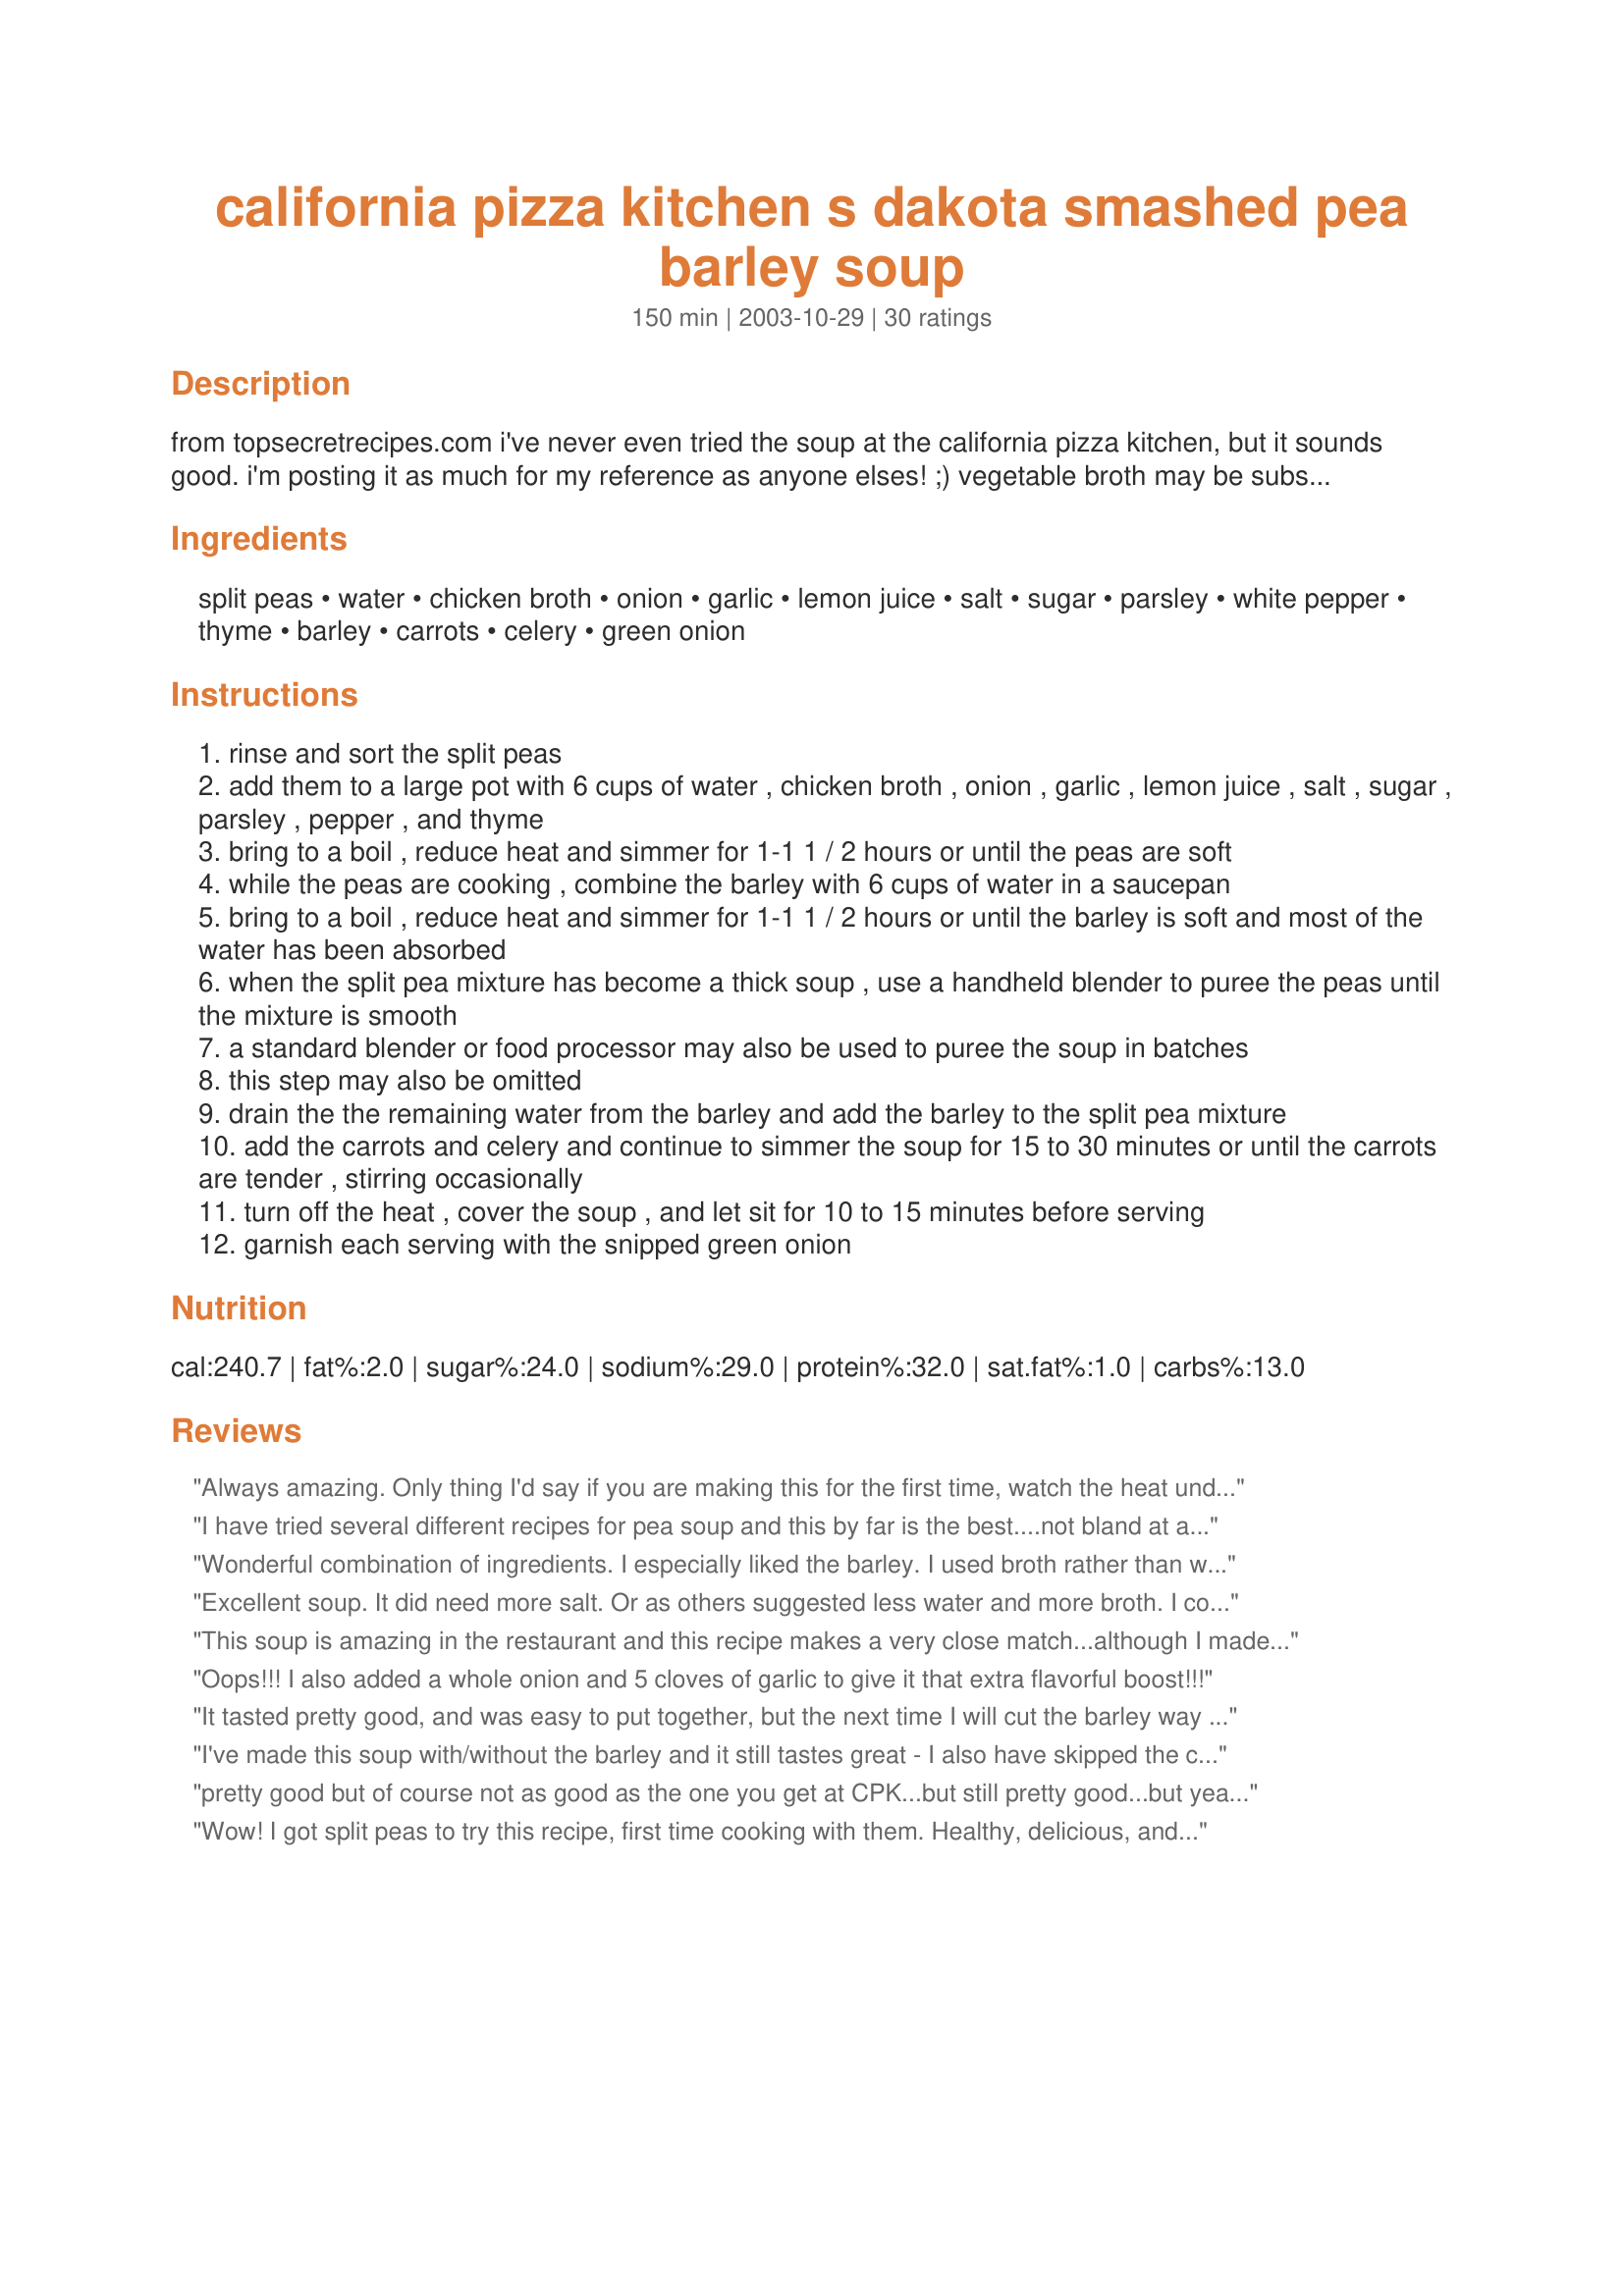
california pizza kitchen s dakota smashed pea barley soup
Preparation time: 150 minutes

from topsecretrecipes.com i've never even tried the soup at the california pizza kitchen, but it sounds good. i'm posting it as much for my reference as anyone elses! ;) vegetable broth may be substituted for the chicken broth to make this soup vegan.

Ingredients:
split peas, water, chicken broth, onion, garlic, lemon juice, salt, sugar, parsley, white pepper, thyme, barley, carrots, celery, green onion

Steps:
rinse and sort the split peas
add them to a large pot with 6 cups of water , chicken broth , onion , garlic , lemon juice , salt , sugar , parsley , pepper , and thyme
bring to a boil , reduce heat and simmer for 1-1 1 / 2 hours or until the peas are soft
while the peas are cooking , combine the barley with 6 cups of water in a saucepan
bring to a boil , reduce heat and simmer for 1-1 1 / 2 hours or until the barley is soft and most of the water has been absorbed
when the split pea mixture has become a thick soup , use a handheld blender to puree the peas until the mixture is smooth
a standard blender or food processor may also be used to puree the soup in batches
this step may also be omitted
drain the the remaining water from the barley and add the barley to the split pea mixture
add the carrots and celery and continue to simmer the soup for 15 to 30 minutes or until the carrots are tender , stirring occasionally
turn off the heat , cover the soup , and let sit for 10 to 15 minutes before serving
garnish each serving with the snipped green onion

Reviews:
Always amazing. Only thing I'd say if you are making this for the first time, watch the heat under the soup after it's blended and the barley and veggies are added. It sticks like something out of a horror movie if you don't stir often! So lower the heat and stir a lot, and you won't be sorry.

This is amazing next day, served like a dip using saltines for dipping. MMMM.
I have tried several different recipes for pea soup and this by far is the best....not bland at all! May want to add extra pepper but it really doesnt need it! and easy to make! I use the veggie broth , never even tried chicken broth : next time maybe i will give it a try but with the veggie broth its really good!
Wonderful combination of ingredients. I especially liked the barley. I used broth rather than water to cook the barley. I liked a bit of texture left in the soup.
Excellent soup. It did need more salt. Or as others suggested less water and more broth. I couldnt find any split pease so used whole ones (still dry and uncooked) and used no celery because I ran out. My husband, a big meat fan, put sliced sausage in his bowl. He also put dijon mustard in his because that is what finns do to their pea soups. I went without the meat or mustard and we both loved it. My first time using dry peas and it was a very good experience. Thank you Roosie!
This soup is amazing in the restaurant and this recipe makes a very close match...although I made a few changes based on the other reviews and my personal preference. I went 6 cups of vegetable broth and 4 cups of water. I increased the garlic to 3 cloves, and the onion to 1 whole medium sweet onion which I then sauteed in a little bit of olive oil before adding the liquids, peas, etc. I also added a little extra thyme, parsley, pepper, & lemon juice. The barley I used only called for 1 cup of barley to 2- 1/2 cups of water for about 50 minutes, I would suggest following the packaging for the barley you use. I chose to puree the veggies with the peas and then added the barley. It was delicious, even without the green onion on top.
Oops!!! I also added a whole onion and 5 cloves of garlic to give it that extra flavorful boost!!!
It tasted pretty good, and was easy to put together, but the next time I will cut the barley way back since it was very thick and overwhelmed the pea flavor.
I've made this soup with/without the barley and it still tastes great - I also have skipped the celery and lemon when I don't have it on hand... and it was still super tasty.. I didn't miss it. I've also skipped the soy - always good... it's like a magic recipe.
pretty good but of course not as good as the one you get at CPK...but still pretty good...but yeah i do have to agree it was a little bland so i added some more spice...
Wow! I got split peas to try this recipe, first time cooking with them. Healthy, delicious, and budget friendly. I'm trying to figure out what the catch here is. Can't wait to finish the leftovers, here. Thanks so much for adding this to my "make often" file.
We&#039;re fans of pea soup and we thought this was a great recipe. The barley gave it some heft and a pleasing texture. I made the soup in the morning and served it that night. It really thickened up, more than other recipes I&#039;ve tried. I add some water before reheating and it still tasted great. I didn&#039;t feel any of the flavor was diluted. Thanks for posting this tasty, healthy recipe.
A great-tasting, hearty soup. I used vegetable stock, and also quick-cooking barley-I think the barley amount is just right, gives the soup nice body and I don't think it overwhelms the pea taste at all. Thanks for posting !
I followed the recipe exactly. I ended up adding more salt and pepper after serving it, but it was the perfect dinner with a soft roll. Kind of time consuming, but well worth the wait!
This was so amazing. We shared it with my neighbor and she's still talking about it (6 months later). SOOO good.
This was good. My husband really liked it. Thanks!
I was looking for something different to do with pea soup and stumbled on this. I used quick barley and otherwise made it as written. Never had California Pizza Kitchen's but this is very good.
Excellent soup. I didn't have any thyme on hand but it was still very good without it. I made this vegetarian by using vegetable stock instead of chicken stock. Soup gets better the longer is sits. Will definitely make this again.
Wow what a great find- We had this soup at CPK and I had been trying to guess the ingredients I was so pleased to see that somebody figured it out. My only recommendation is add a little more salt to taste or maybe one less cup water and one more cup broth.
I tried this in the restuarant and loved it. This recipe is just as good. I used a little more salt and thought the flavor was fantastic. I'll make this again and again!
Our family sampled a bowl of this at California Pizza Kitchen and loved it. This recipe is a close approximation. My children really enjoyed this soup, and it was eaten quickly. I may try using more veggie broth and less water the next time I make it. It is a balanced recipe, and a fabulous foundation for any split pea soup.
I have had this soup at the restaurant and it is so good. They make it vegan style.
I really wanted to like this because it's so healthy, but it was so bland. After trying to eat one bowl, I threw the rest away.
This soup was so flavorful & filling. I used all homemade broth (made from the carcasses of 2 Sam's Club chickens.) I omitted the salt. I added 1/8 tsp. dried basil. I added 1/2 tsp. Worcestershire sauce to the barley cooking liquid, and did not puree the soup (We like it chunky.) Thank you, Roosie, for a great soup for eating by the fire on a cold day.
Absolutely delicious! I will be making this again and again. I halved the recipe since I was cooking for 3 people and didn't make any changes except I upped the thyme to almost a full tsp and added some basil as well. I added all the barley called for and it was quite thick, but everyone in my house loves barley, so we didn't mind. We ate this as a meal with salad and dinner rolls, but it was so filling I don't think we needed the salad or rolls. I made it in the morning and by the time I reheated it for supper the flavour had really enhanced and was even more delicious. Thank you so much for sharing this recipe.
This is my favorite dish at CA Pizza kitchen. No one can believe I order this over the pizza's! I have made this recipe several times. It is a pretty fair clone.
1) I Just made this soup and it's NOT the California Pizza Kitchen recipe I have (from CPK's cookbook). The true CPK recipe I have is Vegetarian/Vegan...no chicken soup stock; 2) This soup is extremely watery. I followed this recipe completely (10 cups of liquid: 6 water, 4 chicken stock) so don't know what happened.
Tasted just like all other split pea soups I've had...not bad, but not as amazing as the reviews had me psyched up for. I think next time, I'll only use 4 or 5 cups of water, and I'll put the barley in with the peas and simmer everything together. (I felt the barley had absolutely no taste.) But I do appreciate you sharing this!
This recipe tastes exactly like CPK's soup. The second time I made it, I increased the minced onion to 1/2 c, upped the salt to 1.5 tsp and the white pepper to 1/2 tsp. We liked it even better with these changes. Will definitely make again!
Wow! I love pea soup and this might be my favorite of those made without hambones or hamhocks. The lemon and thyme pair nicely to give lightness while the barley gives it body and heft to make it a suitable meal in a bowl. I added an extra clove of garlic and used all other ingredients as show. When it got to the puree stage, I reserved about 1 1/2 cups of the cooked pea soup on the side, then used the immersion blender on the rest. The reserved peas were added back in and gave me little bits of whole peas and diced onions in the creamy base. Given the comment on the barley, I initially added 2/3 of the cooked grain and stirred before deciding that I wanted all of the barley. If in doubt, try it that way. Thanks Roosie!!
Tried this soup back in Oct/01 before Zaar and had this recipe printed from the top secret recipe site.
